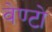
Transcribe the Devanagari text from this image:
वेण्टो